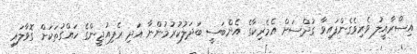
އިސްރާއީލު ވެރިވެގެންފައިވާ ގުދްސަށް އެމެރިކާގެ އެންބަސީ ބަދަލުކުރުމުންނާ އަދި ރެފިއުޖީންގެ ހައްގުތަކަށް ގޮވާލައި